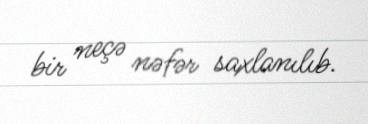
bir neçə nəfər saxlanılıb.